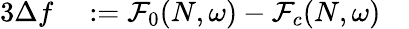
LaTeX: \begin{array}{rlr}{{3}\Delta f}&{{}:=\mathcal F_{0}(N,\omega)-\mathcal F_{c}(N,\omega)}&{}\end{array}